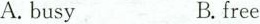
A.busy B.free